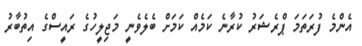
އެންމެ ފުރަތަމަ ޕްރެޝަރު ކުރާނެ ކަމެއް ކަމަށް ބެލެވެނީ މަޖިލީހުގެ ރައީސްގެ އިތުބާރު